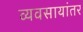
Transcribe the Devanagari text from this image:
व्यवसायांतर